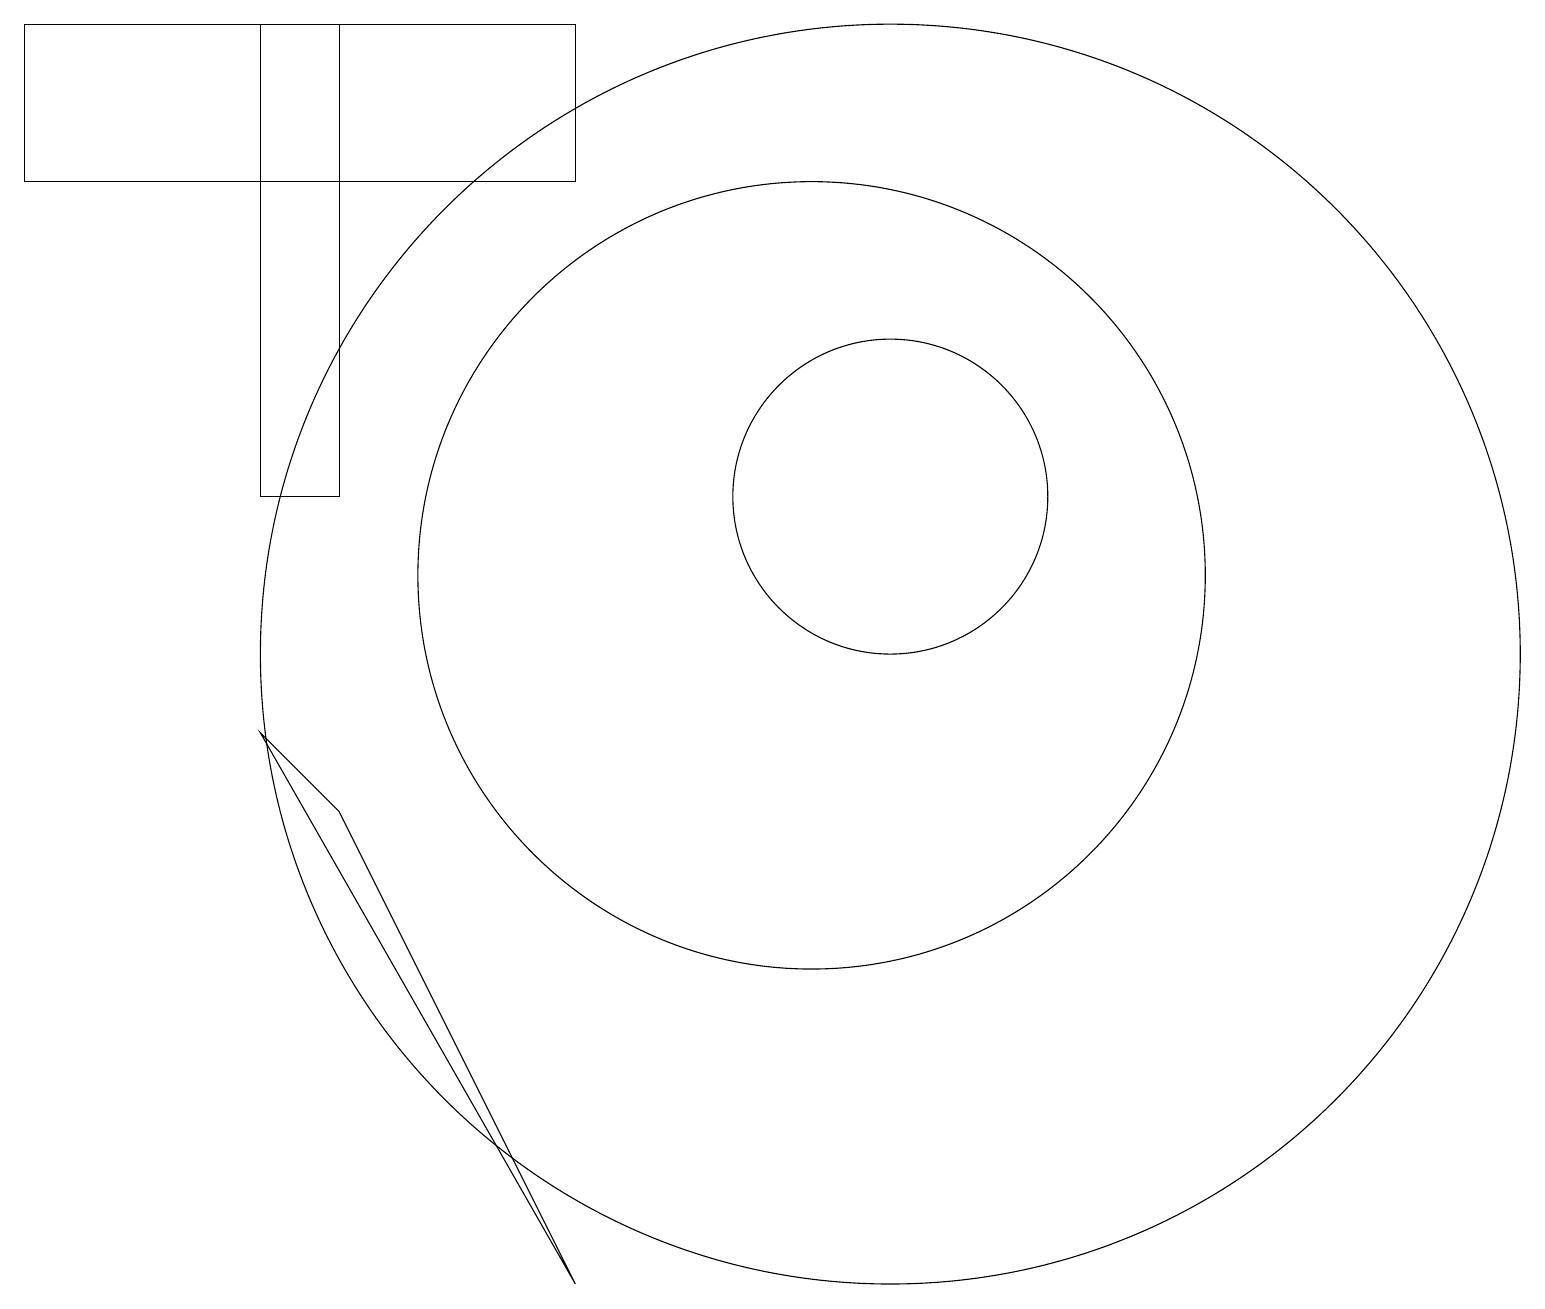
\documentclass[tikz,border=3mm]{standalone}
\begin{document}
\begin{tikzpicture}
\draw (10,11) circle (5);
\draw (0,16) rectangle (7,18);
\draw (11,12) circle (2);
\draw (3,12) rectangle (4,18);
\draw (3,9) -- (7,2) -- (4,8) -- cycle;
\draw (11,10) circle (8);
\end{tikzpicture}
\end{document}